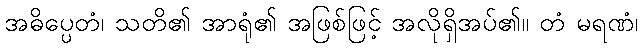
အဓိပ္ပေတံ၊ သတိ၏ အာရုံ၏ အဖြစ်ဖြင့် အလိုရှိအပ်၏။ တံ မရဏံ၊